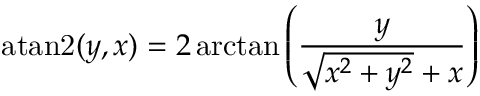
\operatorname { a t a n 2 } ( y , x ) = 2 \arctan \left( { \frac { y } { { \sqrt { x ^ { 2 } + y ^ { 2 } } } + x } } \right)